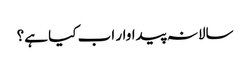
سالانہ پیداوار اب کیا ہے؟